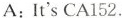
A:It'sCA 152.